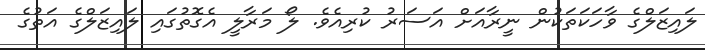
ލައިޒަލްގެ ވާހަކަތަކުން ނީރާއަށް އަސަރު ކުރިއެވެ. ލޯ މަރާލީ އެގޮތުގައި ލައިޒަލްގެ އަތުގެ